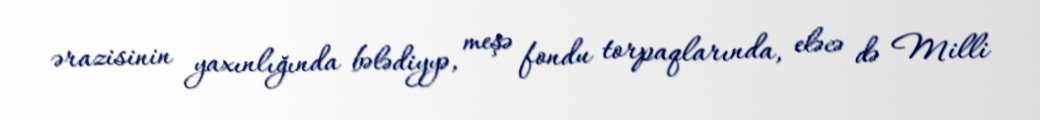
ərazisinin yaxınlığında bələdiyyə, meşə fondu torpaqlarında, eləcə də Milli